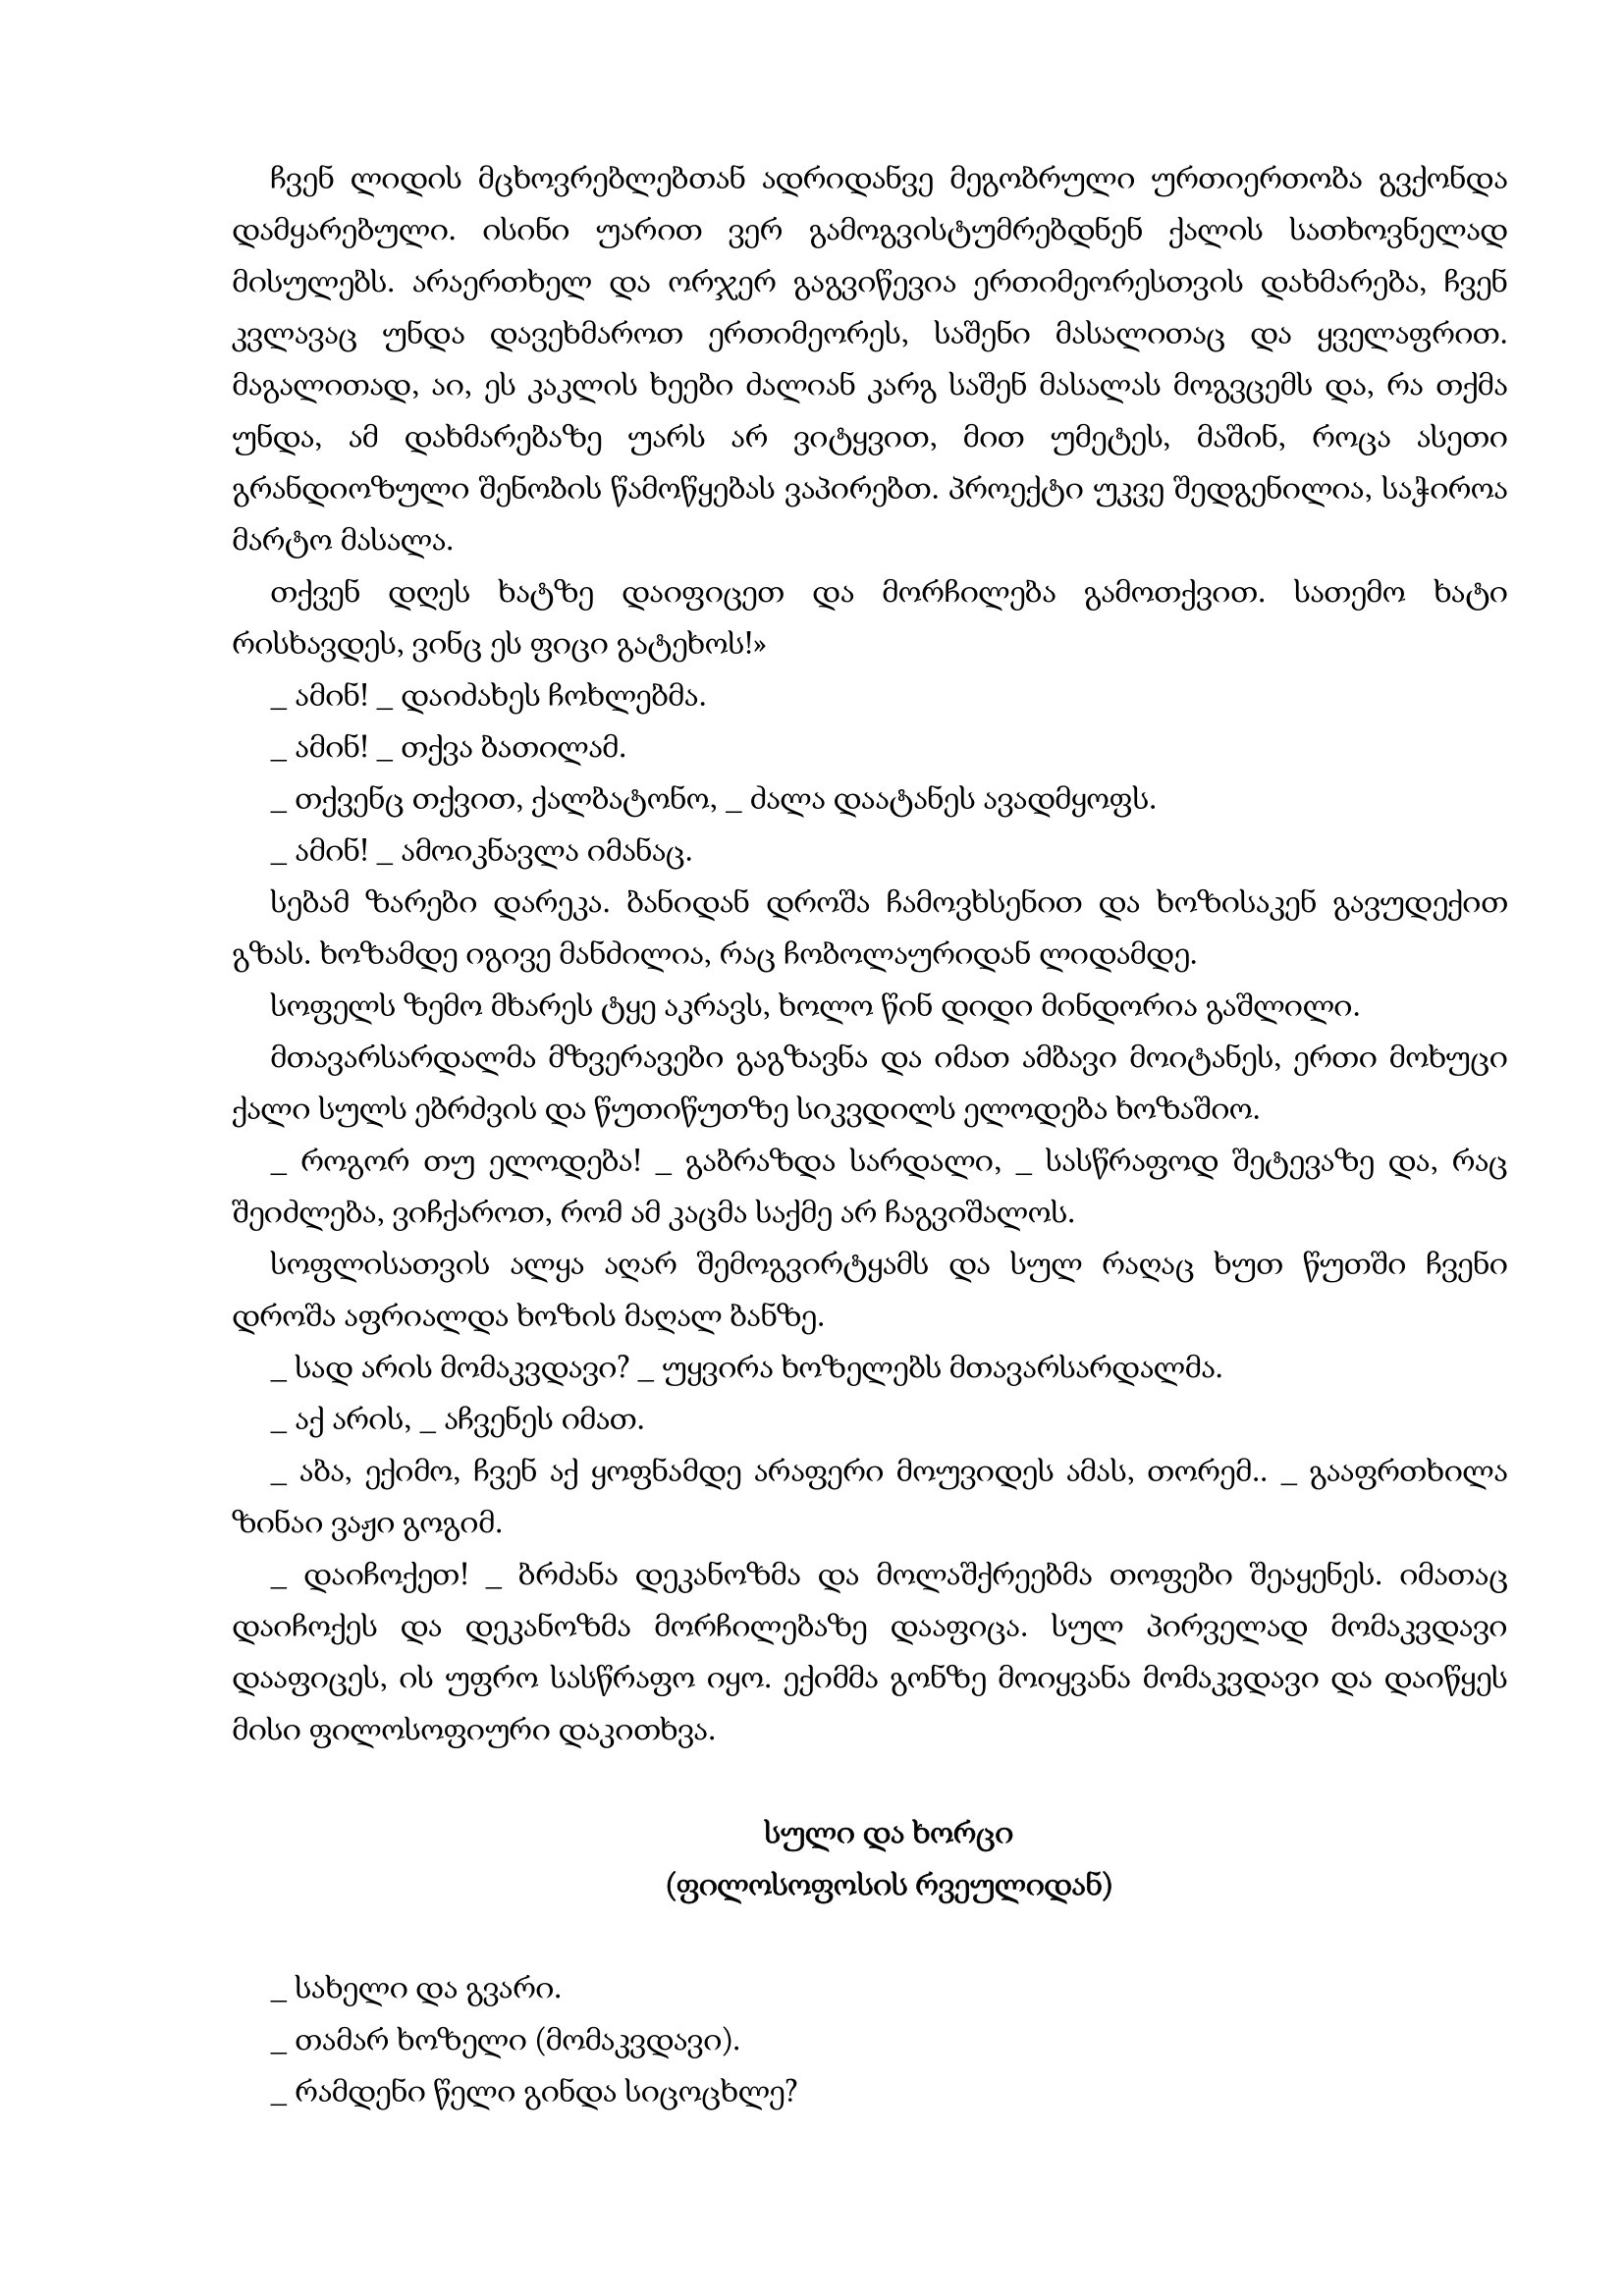
Language: gr